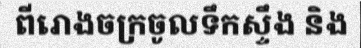
ពីរោងចក្រចូលទឹកស្ទឹង និង